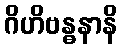
ဂိဟိဗန္ဓနာနိ